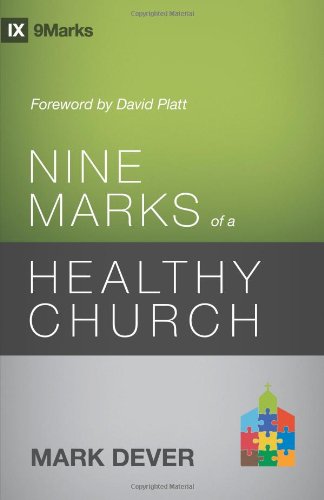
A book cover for Nine Marks of a Healthy Church (3rd Edition) (9Marks); Mark Dever; Christian Books & Bibles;